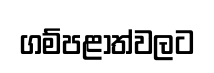
ගම්පළාත්වලට